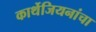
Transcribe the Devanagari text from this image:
कार्थेजियनांचा